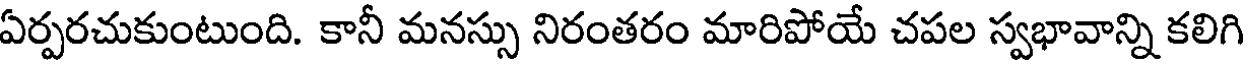
ఏర్పరచుకుంటుంది. కానీ మనస్సు నిరంతరం మారిపోయే చపల స్వభావాన్ని కలిగి